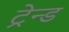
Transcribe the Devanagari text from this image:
ट्रेन्ड